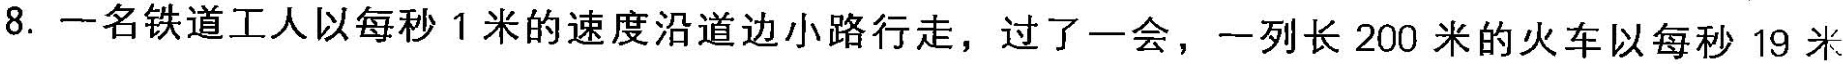
8.一名铁道工人以每秒1米的速度沿道边小路行走，过了一会，一列长200米的火车以每秒19米